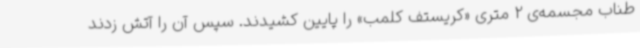
طناب مجسمه‌ی 2 متری «کریستف کلمب» را پایین کشیدند. سپس آن را آتش زدند